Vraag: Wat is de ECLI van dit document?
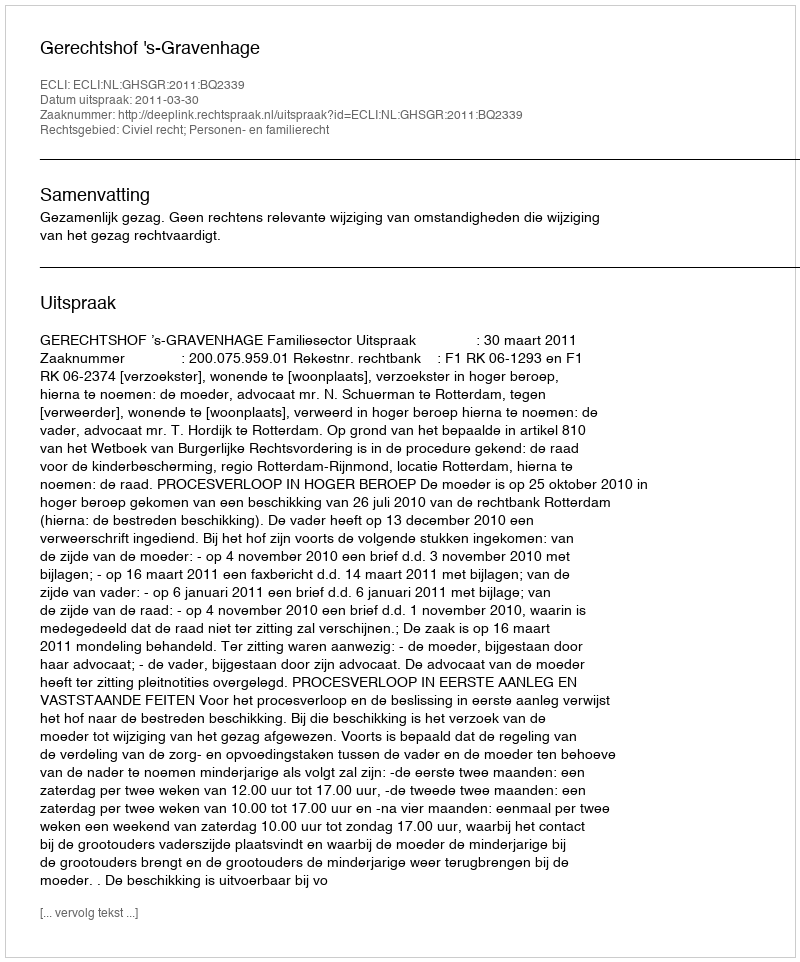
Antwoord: ECLI:NL:GHSGR:2011:BQ2339